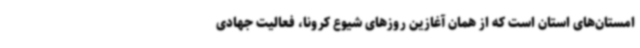
امستان‌های استان است که از همان آغازین روزهای شیوع کرونا، فعالیت جهادی